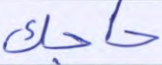
حاجك